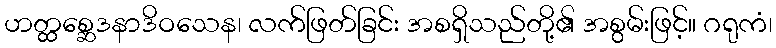
ဟတ္ထစ္ဆေဒနာဒိဝသေန၊ လက်ဖြတ်ခြင်း အစရှိသည်တို့၏ အစွမ်းဖြင့်။ ဂရုကံ၊